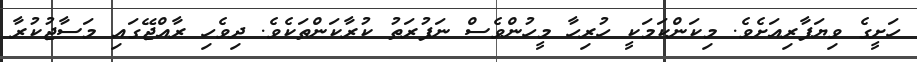
ހަށީގެ ވިޔަފާރިއަށެވެ. މިކަންކަމަކީ ހުރިހާ މީހުންވެސް ނަފުރަތު ކުރާކަންތަކެވެ. ދިވެހި ރާއްޖޭގައި މަސާޖުކުރާ